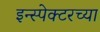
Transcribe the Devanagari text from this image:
इन्स्पेक्टरच्या